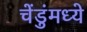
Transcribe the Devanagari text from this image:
चेंडुंमध्ये